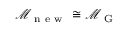
\mathcal { M } _ { \mathrm { ~ n ~ e ~ w ~ } } \cong \mathcal { M } _ { \mathrm { ~ G ~ } }